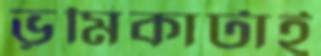
ভূমিকাটাই